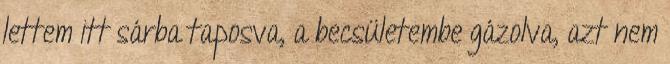
lettem itt sárba taposva, a becsületembe gázolva, azt nem